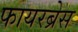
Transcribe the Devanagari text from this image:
फायरब्रेस